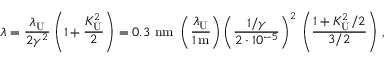
\lambda = \frac { \lambda _ { \mathrm { U } } } { 2 \gamma ^ { 2 } } \left( 1 + \frac { K _ { \mathrm { U } } ^ { 2 } } { 2 } \right) = 0 . 3 \ \mathrm { n m } \ \left( \frac { \lambda _ { \mathrm { U } } } { 1 \, \mathrm { m } } \right) \left( \frac { 1 / \gamma } { 2 \cdot 1 0 ^ { - 5 } } \right) ^ { 2 } \, \left( \frac { 1 + K _ { \mathrm { U } } ^ { 2 } / 2 } { 3 / 2 } \right) \, ,